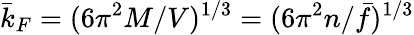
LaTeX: \bar{k}_{F}=(6\pi^{2}M/V)^{1/3}=(6\pi^{2}n/\bar{f})^{1/3}